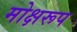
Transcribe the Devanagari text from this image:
मोक्षरूप